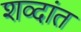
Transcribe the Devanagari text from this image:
शव्दांत